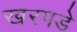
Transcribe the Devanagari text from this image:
खरपडे